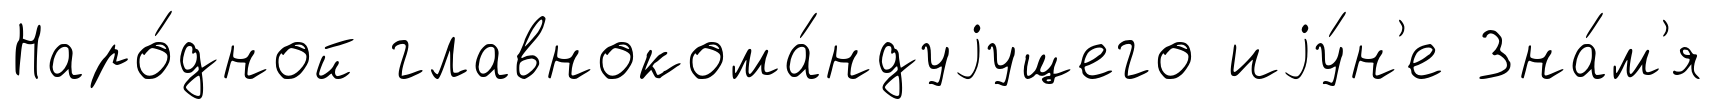
Наро́дной главнокома́ндуjущего иjу́н'е Зна́м'я